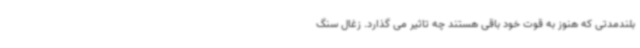
بلندمدتی که هنوز به قوت خود باقی هستند چه تاثیر می گذارد. زغال سنگ